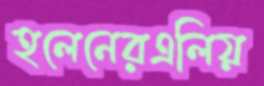
হলেনেরএলিয়